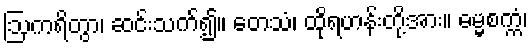
ဩကရိတွာ၊ ဆင်းသက်၍။ တေသံ၊ ထိုရဟန်းတို့အား။ ဓမ္မစက္ကံ၊